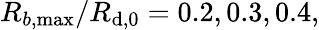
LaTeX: R_{b,\operatorname*{max}}/R_{\mathrm{d},0}=0.2,0.3,0.4,